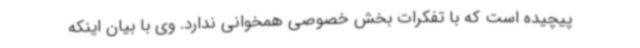
پیچیده است که با تفکرات بخش خصوصی همخوانی ندارد. وی با بیان اینکه